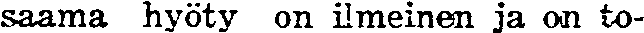
saama hyöty on ilmeinen ja on to-